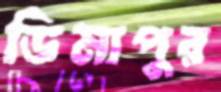
ডিমাপুর